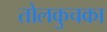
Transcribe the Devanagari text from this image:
तोलकुचका